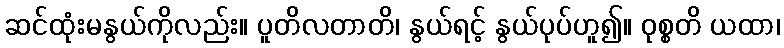
ဆင်ထုံးမနွယ်ကိုလည်း။ ပူတိလတာတိ၊ နွယ်ရင့် နွယ်ပုပ်ဟူ၍။ ဝုစ္စတိ ယထာ၊